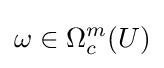
\omega \in \Omega _{c}^{m}(U)